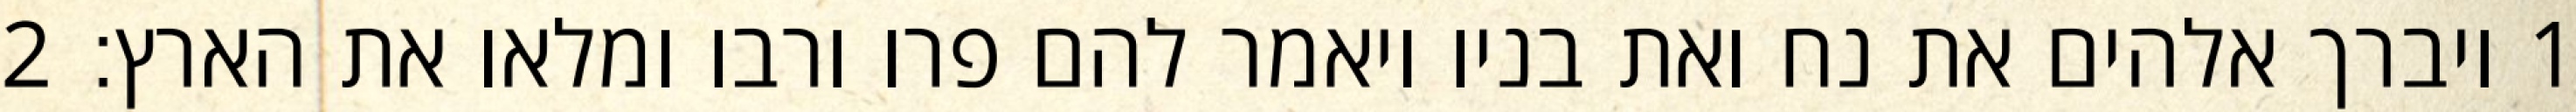
1 ויברך אלהים את נח ואת בניו ויאמר להם פרו ורבו ומלאו את הארץ׃ ‎2‏